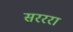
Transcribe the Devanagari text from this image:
सरररा